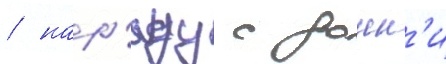
/ нар'яду с донн'и